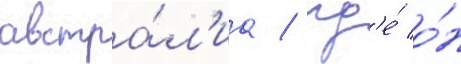
австра́л'иа / гд'е́ о́н